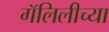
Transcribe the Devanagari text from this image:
गॅलिलीच्या